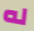
له